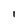
Character: 1